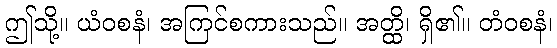
ဤသို့။ ယံဝစနံ၊ အကြင်စကားသည်။ အတ္ထိ၊ ရှိ၏။ တံဝစနံ၊